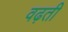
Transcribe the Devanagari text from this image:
वढ़ती